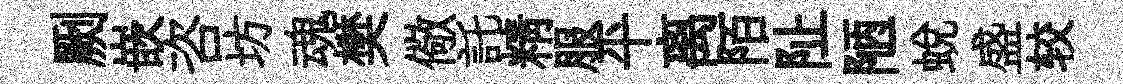
劂嵌咨坊魂樊儆託精服平离陌阯陋蜕盛较